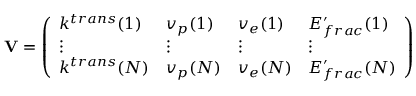
\mathbf { V } = \left( \begin{array} { l l l l } { k ^ { t r a n s } ( 1 ) } & { v _ { p } ( 1 ) } & { v _ { e } ( 1 ) } & { E _ { f r a c } ^ { \prime } ( 1 ) } \\ { \vdots } & { \vdots } & { \vdots } & { \vdots } \\ { k ^ { t r a n s } ( N ) } & { v _ { p } ( N ) } & { v _ { e } ( N ) } & { E _ { f r a c } ^ { \prime } ( N ) } \end{array} \right)